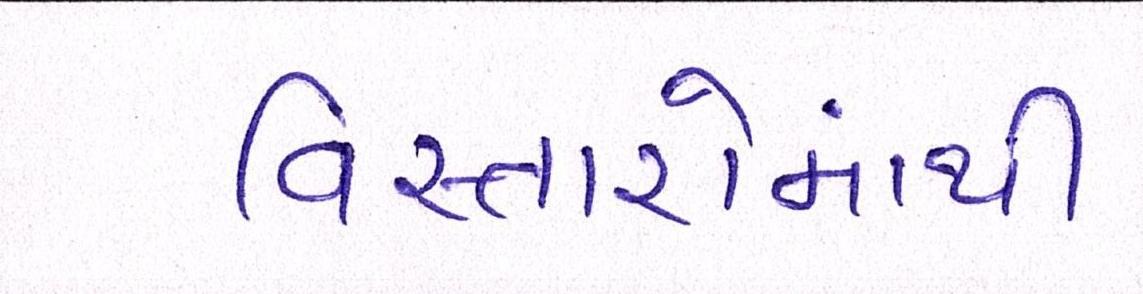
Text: વિસ્તારોમાંથી